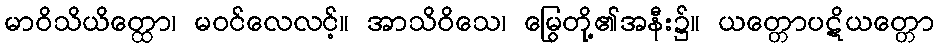
မာဝိသိယိတ္ထော၊ မဝင်လေလင့်။ အာသိဝိသေ၊ မြွေတို့၏အနီး၌။ ယတ္တောပဋိယတ္တော